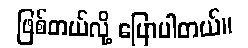
ဖြစ်တယ်လို့ ပြောပါတယ်။